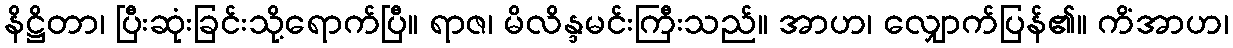
နိဋ္ဌိတာ၊ ပြီးဆုံးခြင်းသို့ရောက်ပြီ။ ရာဇ၊ မိလိန္ဒမင်းကြီးသည်။ အာဟ၊ လျှောက်ပြန်၏။ ကိံအာဟ၊